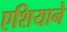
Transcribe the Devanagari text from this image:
एशियाने